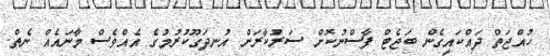
ހުއްޖަތް ދައްކައިގެން ބަޖެޓް ފާސްނުކޮށް ސަރުކާރަށް އުނދަގޫކުރުމުގެ އެއްވެސް މާނައެއް ނެތް.